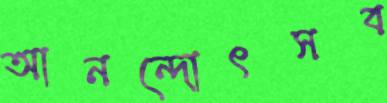
আনন্দোৎসব